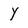
Character: Y